Indian journal of veterinary science and animal husbandry - Volume 7,
Year: 1937
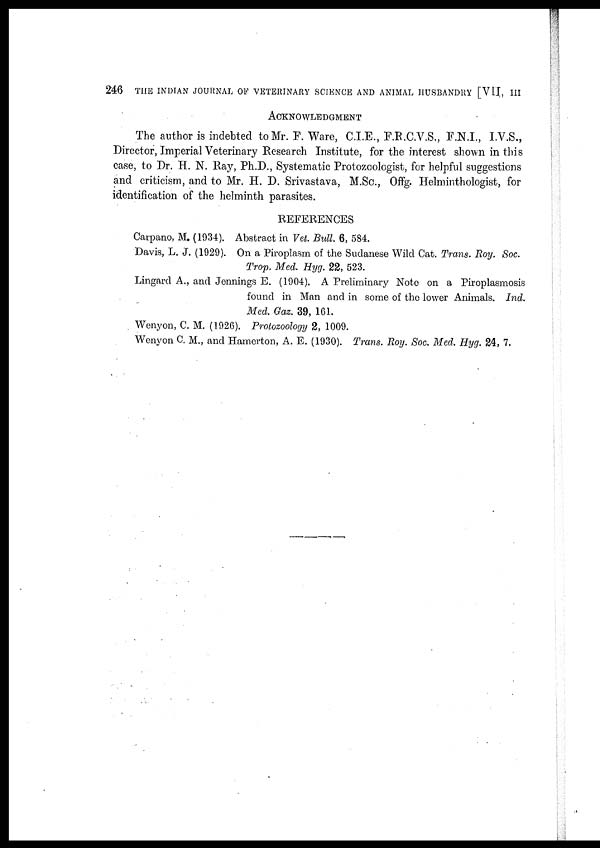
246 THE INDIAN JOURNAL OF VETERINARY SCIENCE AND ANIMAL HUSBANDRY [VII, III
ACKNOWLEDGMENT
The author is indebted to Mr. F. Ware, C.I.E., F.R.C.V.S., F.N.I., I.V.S.,
Director, Imperial Veterinary Research Institute, for the interest shown in this
case, to Dr. H. N. Ray, Ph.D., Systematic Protozoologist, for helpful suggestions
and criticism, and to Mr. H. D. Srivastava, M.Sc., Offg. Helminthologist, for
identification of the helminth parasites.
REFERENCES
Carpano, M. (1934). Abstract in Vet. Bull. 6, 584.
Davis, L. J. (1929). On a Piroplasm of the Sudanese Wild Cat. Trans. Roy. Soc.
Trop. Med. Hyg. 22, 523.
Lingard A., and Jennings E. (1904). A Preliminary Note on a Piroplasmosis
found in Man and in some of the lower Animals. Ind.
Med. Gaz. 39, 161.
Wenyon, C. M. (1926). Protozoology 2, 1009.
Wenyon C. M., and Hamerton, A. E. (1930). Trans. Roy. Soc. Med. Hyg. 24, 7.